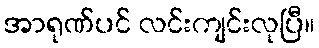
အာရုဏ်ပင် လင်းကျင်းလုပြီ။